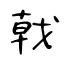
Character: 戟